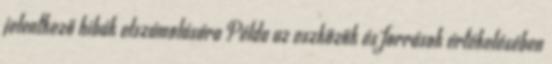
jelentkező hibák elszámolására Példa az eszközök és források értékelésében